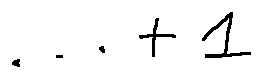
\cdots + l